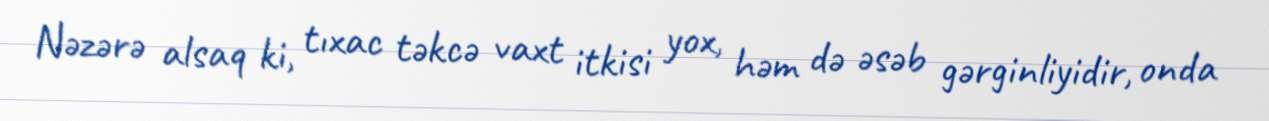
Nəzərə alsaq ki, tıxac təkcə vaxt itkisi yox, həm də əsəb gərginliyidir, onda